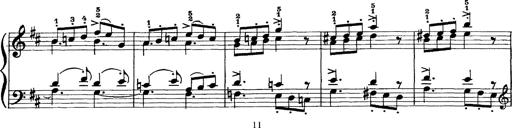
Title: Scherzo und Marsch
Composer: Franz Liszt